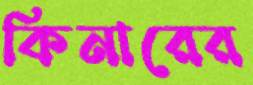
কিনারের